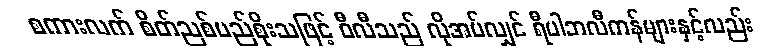
စကားလက် စိတ်ညစ်မည်စိုးသဖြင့် ဝီလီသည် လိုအပ်လျှင် ရီပါဘလီကန်များနှင့်လည်း